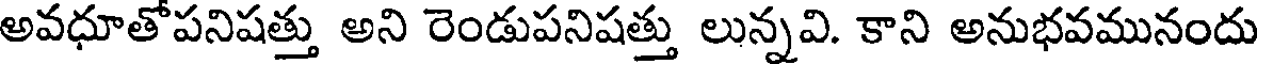
అవధూతోపనిషత్తు అని రెండుపనిషత్తు లున్నవి. కాని అనుభవమునందు